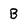
Character: B